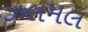
ઝલમલ